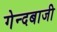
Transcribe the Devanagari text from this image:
गेन्दबाजी